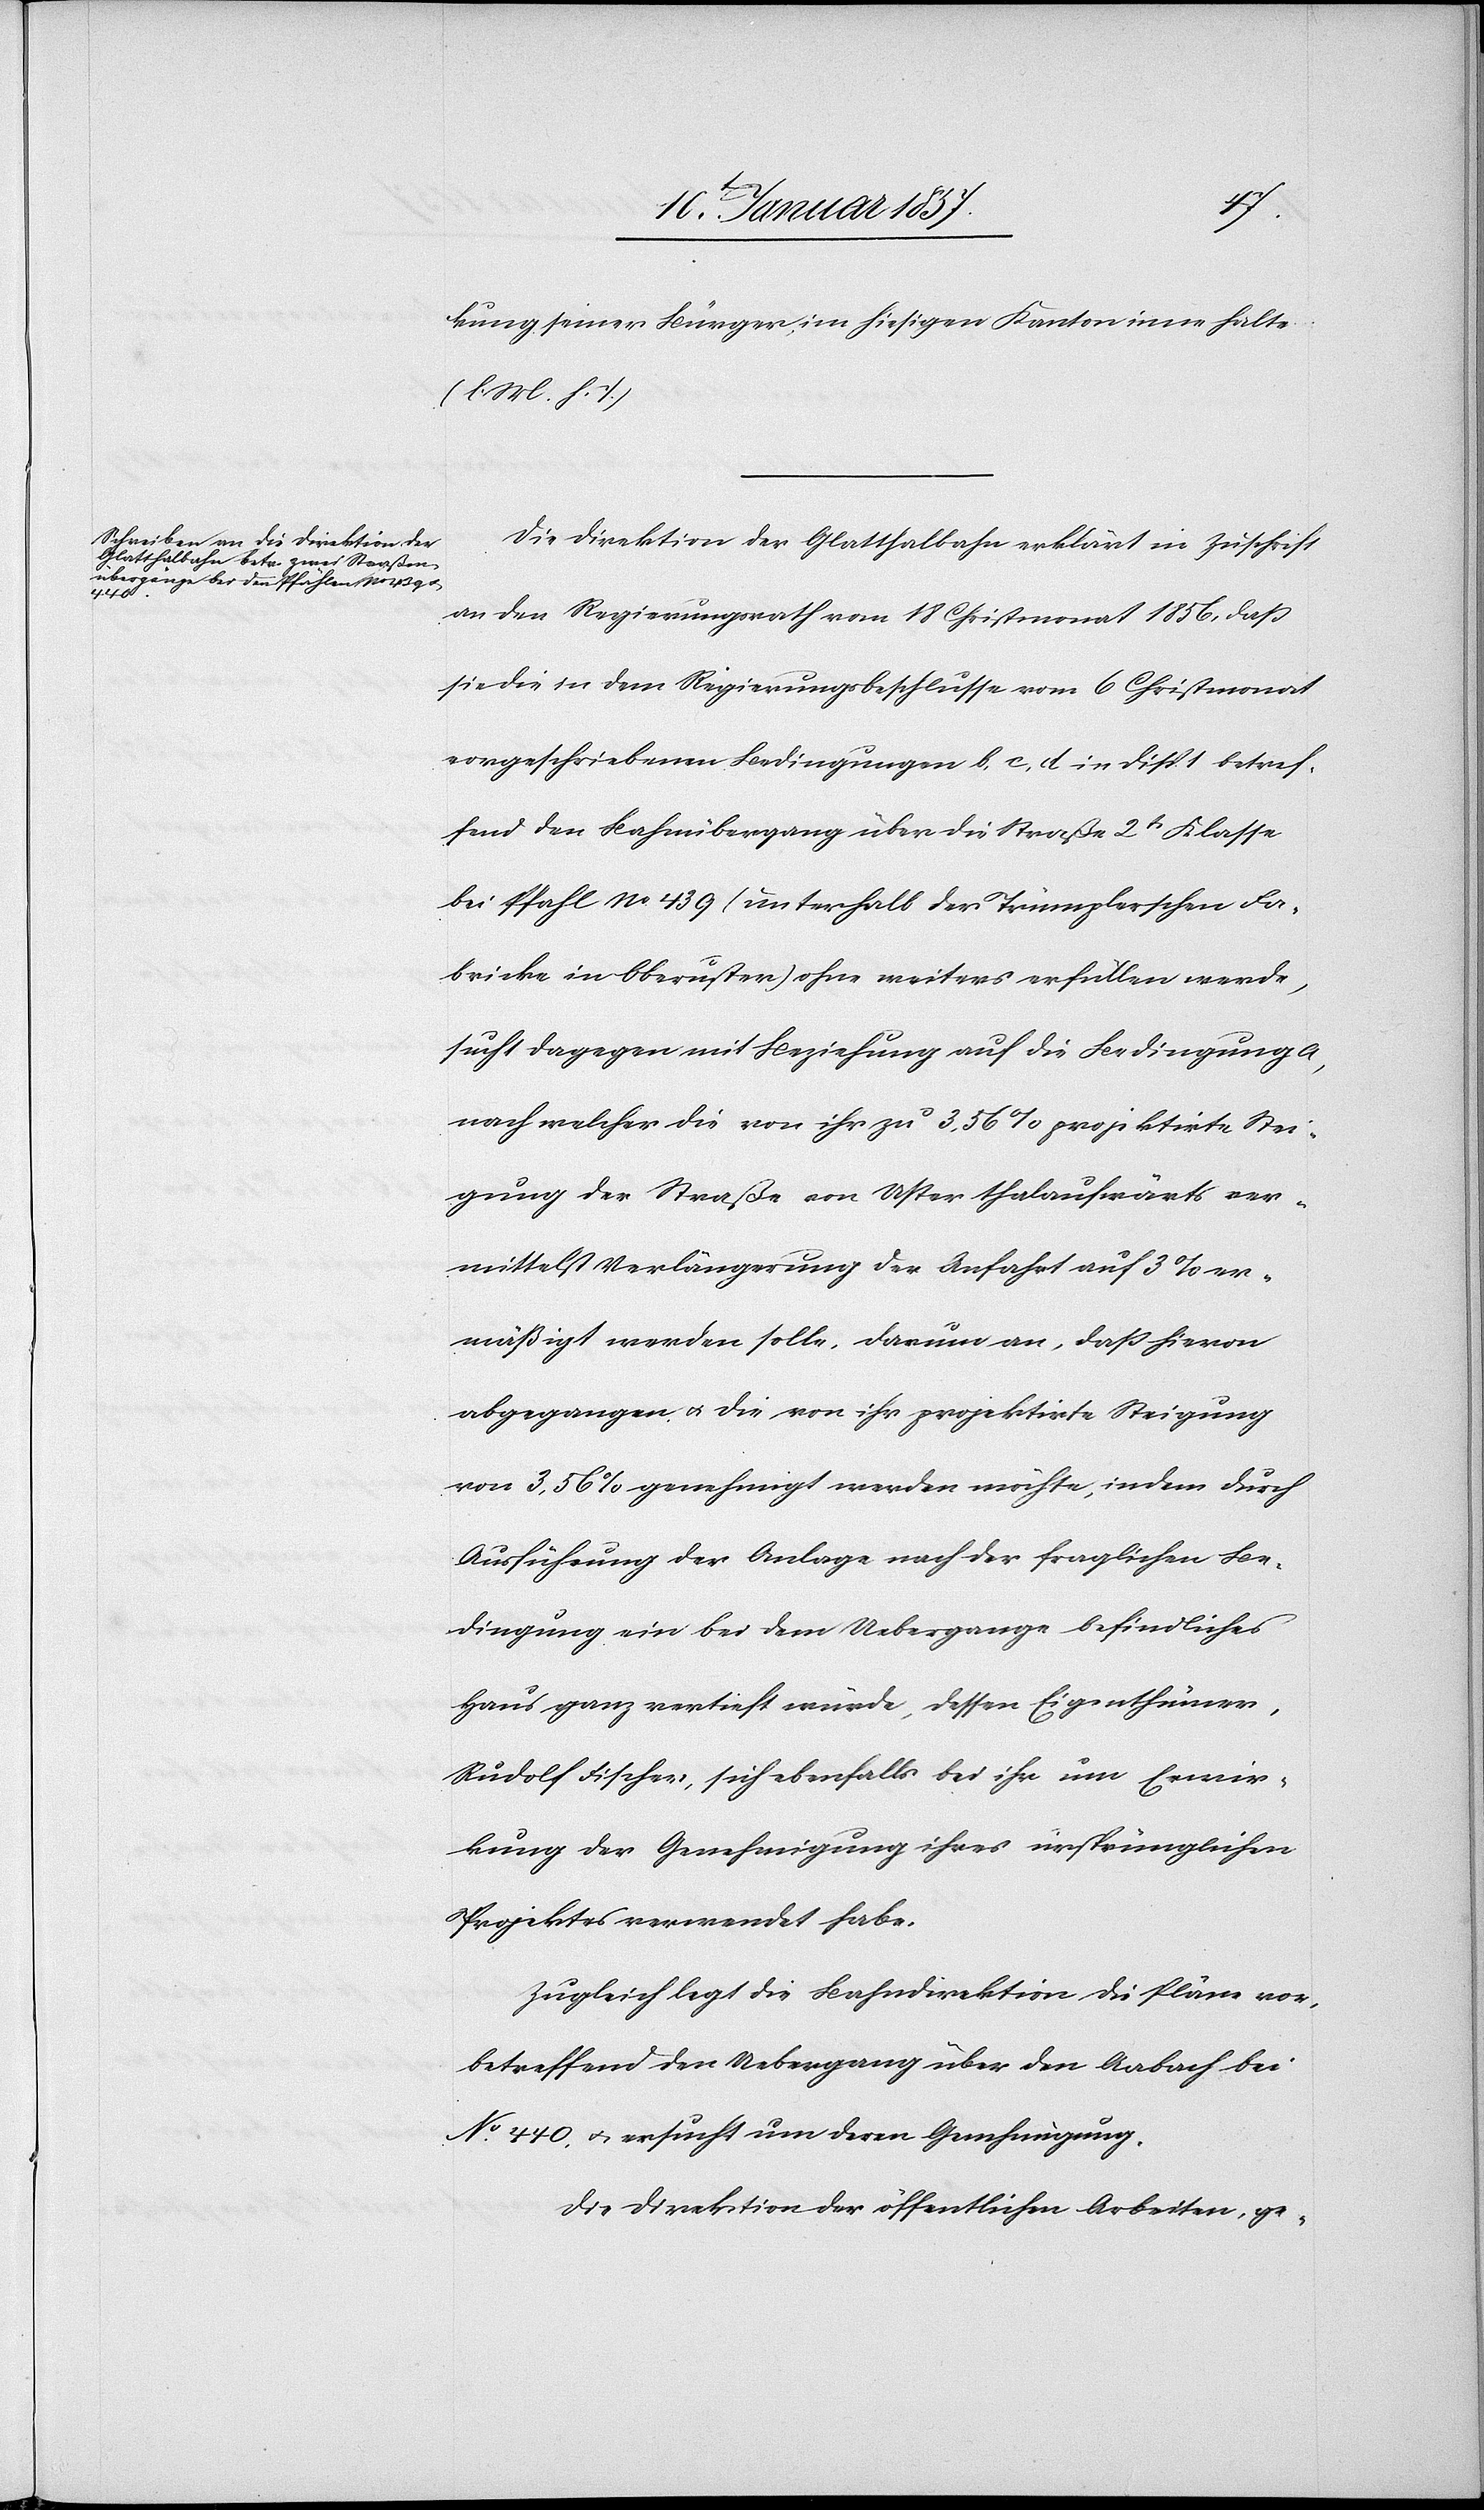
kung seines Bürgers im hiesigen Kanton inne halte
(l. M. h. T.)
Die Direktion der Glatthalbahn erklärt in Zuschrift
an den Regierungsrath vom 18 Christmonat 1856, daß
sie den in dem Regierungsbeschlusse vom 6 Christmonat
vorgeschriebenen Bedingungen b, c, d in Disp. 1 betref¬
fend den Bahnübergang über die Straße 2t Klasse
bei Pfahl No 439 (unterhalb der Trümplerschen Fa¬
brike in Oberuster) ohne weiters erfüllen werde,
sucht dagegen mit Beziehung auf die Bedingung A,
nach welcher die von ihr zu 3,56 % projektirte Stei¬
gung der Straße von Uster thalaufwärts ver¬
mittelst Verlängerung der Anfahrt auf 3 % er¬
mäßigt werden solle, darum an, daß hiervon
abgegangen u. die von ihr projektirte Steigung
von 3,56 % genehmigt werden möchte, indem durch
Ausführung der Anlage nach der fraglichen Be¬
dingung ein bei dem Uebergange befindliches
Haus ganz vertieft würde, dessen Eigenthümer,
Rudolf Fischer, sich ebenfalls bei ihr um Erwir¬
kung der Genehmigung ihres ursprünglichen
Projektes verwendet habe.
Zugleich legt die Bahndirektion die Pläne vor,
betreffend den Uebergang über den Aabach bei
No. 440, u. ersucht um deren Genehmigung.
Die Direktion der öffentlichen Arbeiten, ge-